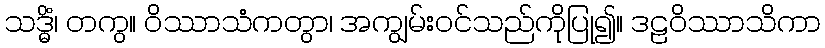
သဒ္ဓိံ၊ တကွ။ ဝိဿာသံကတွာ၊ အကျွမ်းဝင်သည်ကိုပြု၍။ ဒဠဝိဿာသိကာ